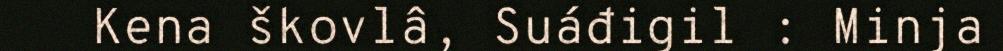
Kena škovlâ, Suáđigil : Minja